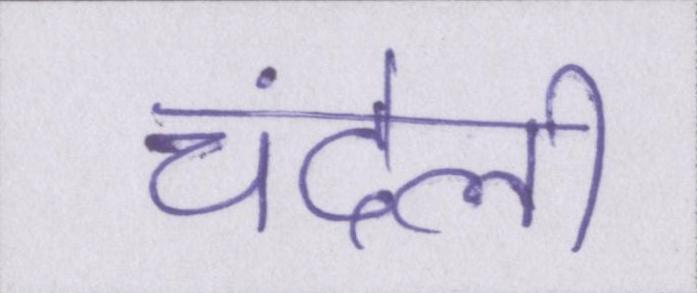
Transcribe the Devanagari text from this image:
चंदेली